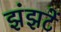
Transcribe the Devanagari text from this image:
झंझटें